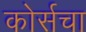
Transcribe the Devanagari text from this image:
कोर्सचा